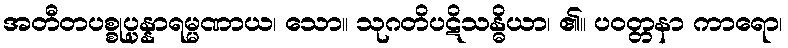
အတီတပစ္စုပ္ပန္နာရမ္မဏာယ၊ သော။ သုဂတိပဋိသန္ဓိယာ၊ ၏။ ပဝတ္တနာ ကာရော၊